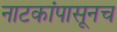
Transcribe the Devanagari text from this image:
नाटकांपासूनच